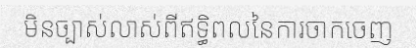
មិនច្បាស់លាស់ពីឥទ្ធិពលនៃការចាកចេញ